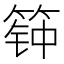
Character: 𰪊